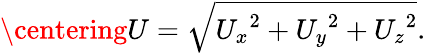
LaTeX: \centering U=\sqrt{{U_{x}}^{2}+{U_{y}}^{2}+{U_{z}}^{2}}.